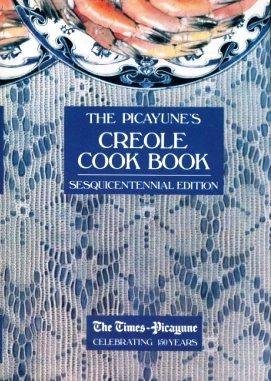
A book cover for The Picayune's Creole Cook Book, Sesquicentennial Edition; Cookbooks, Food & Wine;